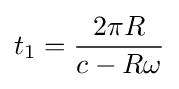
t_{1}={\frac {2\pi R}{c-R\omega }}